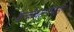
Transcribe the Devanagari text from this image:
बेन्ज़ोयलगोनाइन